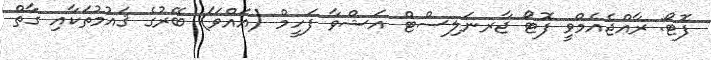
ފޮޓޯ: ރާއްޖެއެމްވީ ފޮޓޯ ޖާރނަލިސްޓް އަޝްވާ ފަހީމް (އައްވަ) ބޭރުގެ ޤައުމުތަކާއި ގާތް